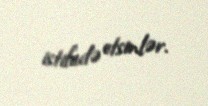
istifadə etsinlər.